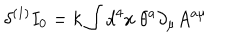
LaTeX: \delta ^ { ( 1 ) } I _ { 0 } = k \int d ^ { 4 } x { \ } \theta ^ { a } \partial _ { \mu } A ^ { a \mu }